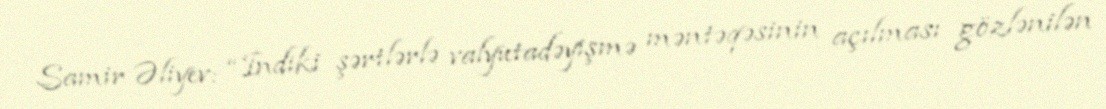
Samir Əliyev: “İndiki şərtlərlə valyutadəyişmə məntəqəsinin açılması gözlənilən